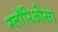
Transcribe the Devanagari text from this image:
ग्लॉरिओसा